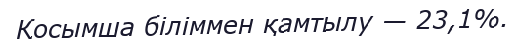
Қосымша біліммен қамтылу — 23,1%.